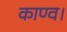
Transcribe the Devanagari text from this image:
काण्‍व।